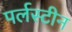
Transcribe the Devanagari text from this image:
पर्लस्टीन